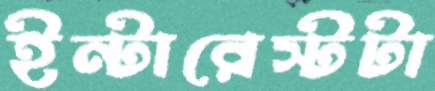
ইন্টারেস্টটা